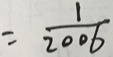
= \frac { 1 } { 2 0 0 6 }